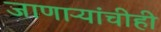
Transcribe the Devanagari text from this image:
जाणाऱ्यांचीही